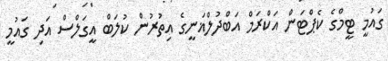
ގައުމީ ޓީމްގެ ކެޕްޓަން އަކްރަމް އަބްދުލްޣަނީގެ އިތުރުން ކުލަބް އީގަލްސް އަދި ގައުމީ